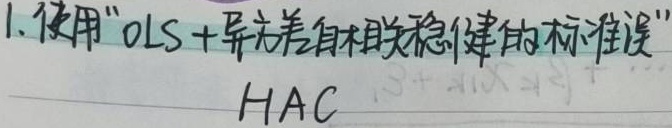
1. 使用"OLS+异方差自相关稳健的标准误"
HAC